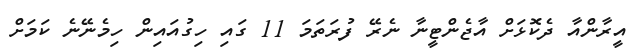
އީރާންއާ ދެކޮޅަށް އާޖެންޓީނާ ނެރޭ ފުރަތަމަ 11 ގައި ހިގުއައިން ހިމެނޭނެ ކަމަށް